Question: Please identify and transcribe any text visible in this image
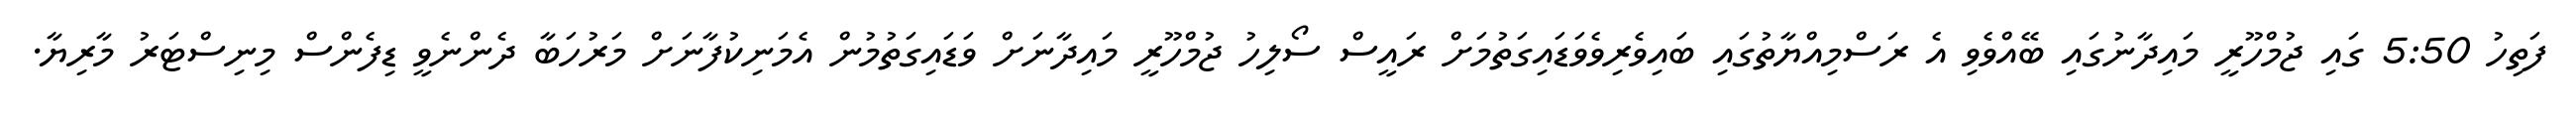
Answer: ފަތިހު 5:50 ގައި ޖުމްހޫރީ މައިދާނުގައި ބޭއްވެވި އެ ރަސްމިއްޔާތުގައި ބައިވެރިވެވަޑައިގަތުމަށް ރައީސް ސޯލިހު ޖުމްހޫރީ މައިދާނަށް ވަޑައިގަތުމުން އެމަނިކުފާނަށް މަރުހަބާ ދެންނެވީ ޑިފެންސް މިނިސްޓަރު މާރިޔާ.